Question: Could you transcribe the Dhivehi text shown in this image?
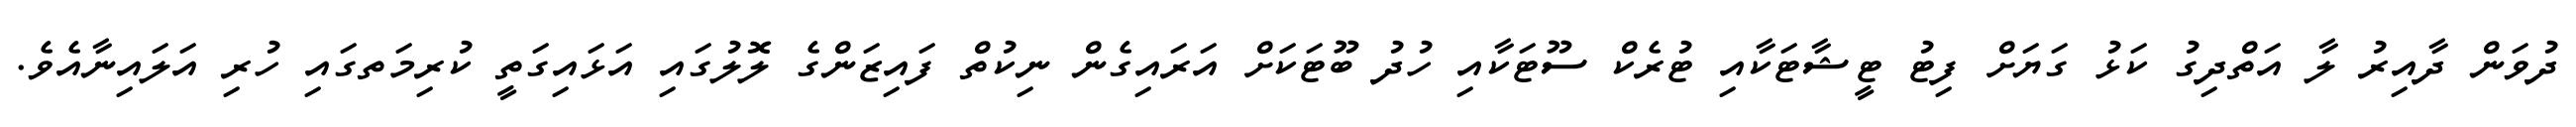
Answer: ދުވަން ދާއިރު ލާ އަތްދިގު ކަޅު ގަޔަށް ފިޓު ޓީޝާޓަކާއި ޓުރެކް ސޫޓަކާއި ހުދު ބޫޓަކަށް އަރައިގެން ނިކުތް ފައިޒަންގެ ލޮލުގައި އަޅައިގަތީ ކުރިމަތގައި ހުރި އަލައިނާއެވެ.